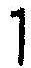
1